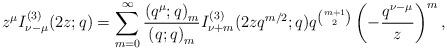
LaTeX: \begin{align*}z^{\mu}I_{\nu-\mu}^{(3)}(2z;q)=\sum_{m=0}^{\infty}\frac{\left(q^{\mu};q\right)_{m}}{\left(q;q\right)_{m}}I_{\nu+m}^{(3)}(2zq^{m/2};q)q^{\binom{m+1}{2}}\left(-\frac{q^{\nu-\mu}}{z}\right)^{m},\end{align*}